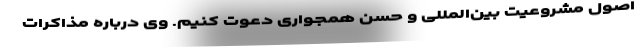
اصول مشروعیت بین‌المللی و حسن همجواری دعوت کنیم. وی درباره مذاکرات